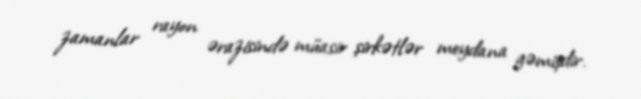
zamanlar rayon ərazisində müasir şirkətlər meydana gəmişdir.